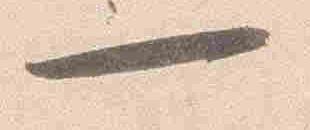
一